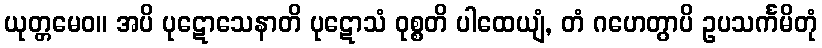
ယုတ္တမေဝ။ အပိ ပုဋောသေနာတိ ပုဋောသံ ဝုစ္စတိ ပါထေယျံ, တံ ဂဟေတွာပိ ဥပသင်္ကမိတုံ